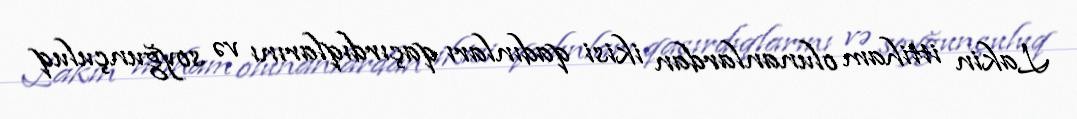
Lakin ittiham olunanlardan ikisi qadınları qaçırdıqlarını və soyğunçuluq